Problem: 7 × 5 = ?
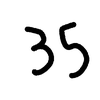
Handwritten answer: 35